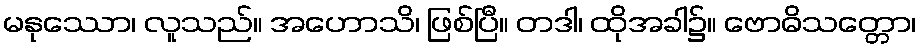
မနုဿော၊ လူသည်။ အဟောသိ၊ ဖြစ်ပြီ။ တဒါ၊ ထိုအခါ၌။ ဗောဓိသတ္တော၊